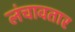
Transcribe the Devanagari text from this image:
लंचावतार